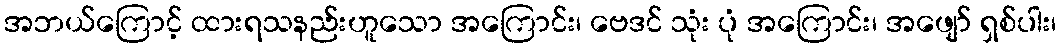
အဘယ်ကြောင့် ထားရသနည်းဟူသော အကြောင်း၊ ဗေဒင် သုံး ပုံ အကြောင်း၊ အဖျော် ရှစ်ပါး၊